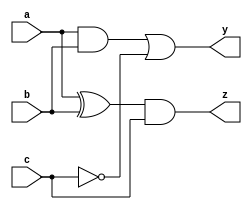
module combinational_circuit (
    input wire a,
    input wire b,
    input wire c,
    output reg y,
    output reg z
);

// Task definition to capture the behavior of the circuit
task compute_logic;
    input wire a;
    input wire b;
    input wire c;
    output reg y;
    output reg z;

    begin
        // Combinational logic using blocking assignments
        y = (a & b) | (~c);  // Example logic for output y
        z = (a ^ b) & c;     // Example logic for output z
    end
endtask

// Always block with a complete sensitivity list
always @ (a or b or c) begin
    // Initialize outputs to avoid unknown states
    y = 1'b0;  // Default value for y
    z = 1'b0;  // Default value for z

    // Call the task to compute outputs based on inputs
    compute_logic(a, b, c, y, z);
end

endmodule